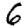
Digit: 6